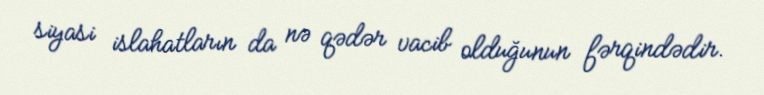
siyasi islahatların da nə qədər vacib olduğunun fərqindədir.